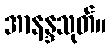
အာနန္ဒသုတ်။